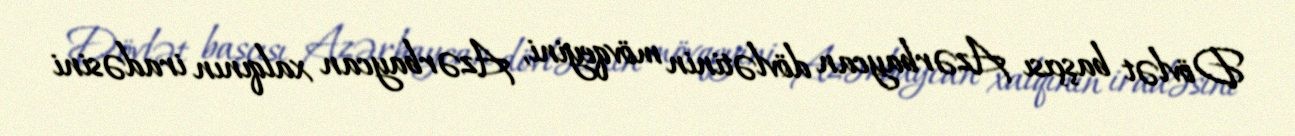
Dövlət başçısı Azərbaycan dövlətinin mövqeyini, Azərbaycan xalqının iradəsini